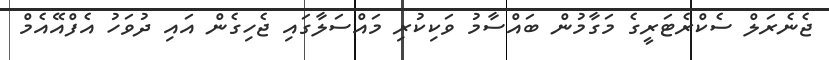
ޖެނެރަލް ސެކްރެޓަރީގެ މަގާމުން ބައްސާމު ވަކިކުރި މައްސަލާގައި ޖެހިގެން އައި ދުވަހު އެފްއޭއެމް